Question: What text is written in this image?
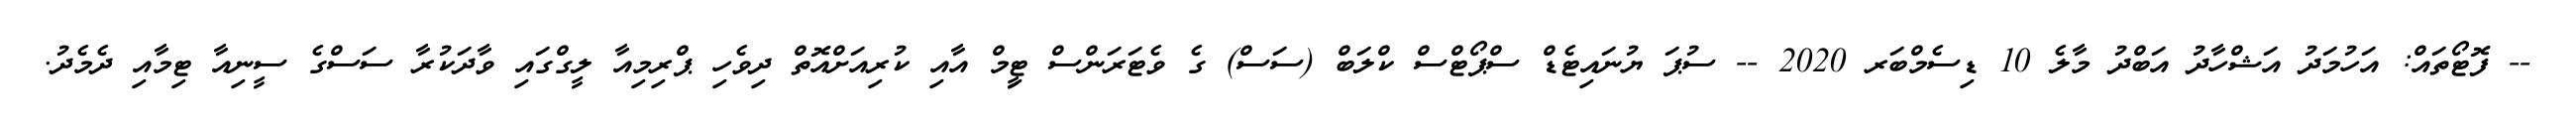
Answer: -- ފޮޓޯތައް: އަހުމަދު އަޝްހާދު އަބްދު މާލެ 10 ޑިސެމްބަރ 2020 -- ސުޕަ ޔުނައިޓެޑް ސްޕޯޓްސް ކްލަބް (ސަސް) ގެ ވެޓަރަންސް ޓިީމް އާއި ކުރިއަށްއޮތް ދިވެހި ޕްރިމިއާ ލީގްގައި ވާދަކުރާ ސަސްގެ ސީނިއާ ޓިމާއި ދެމެދު.